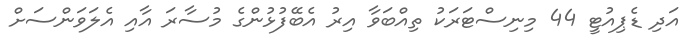
އަދި ޑެޕިއުޓީ 44 މިނިސްޓަރަކު ތިއްބަވާ އިރު އެބޭފުޅުންގެ މުސާރަ އާއި އެލަވަންސަށް